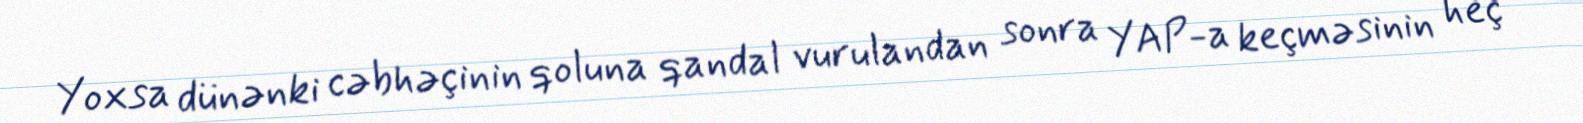
Yoxsa dünənki cəbhəçinin qoluna qandal vurulandan sonra YAP-a keçməsinin heç